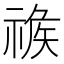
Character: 𥚦